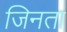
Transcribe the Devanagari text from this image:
जिनता